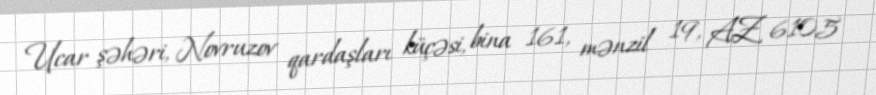
Ucar şəhəri, Novruzov qardaşları küçəsi, bina 161, mənzil 19, AZ 6105